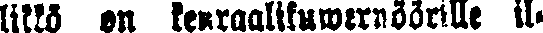
likkö on kenraalikuwernöörille il-